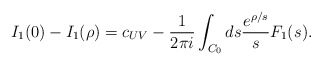
\begin{align*}I_1(0)-I_1(\rho)=c_{UV}-\frac{1}{2\pi i}\int_{C_0}ds\frac{e^{\rho/ s}}{s}F_1(s^{}).\end{align*}